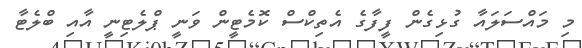
މި މައްސަލައާ ގުޅިގެން ފީފާގެ އެތިކްސް ކޮމެޓީން ވަނީ ޕްލެޓިނީ އާއި ބްލެޓާ